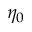
\eta _ { 0 }